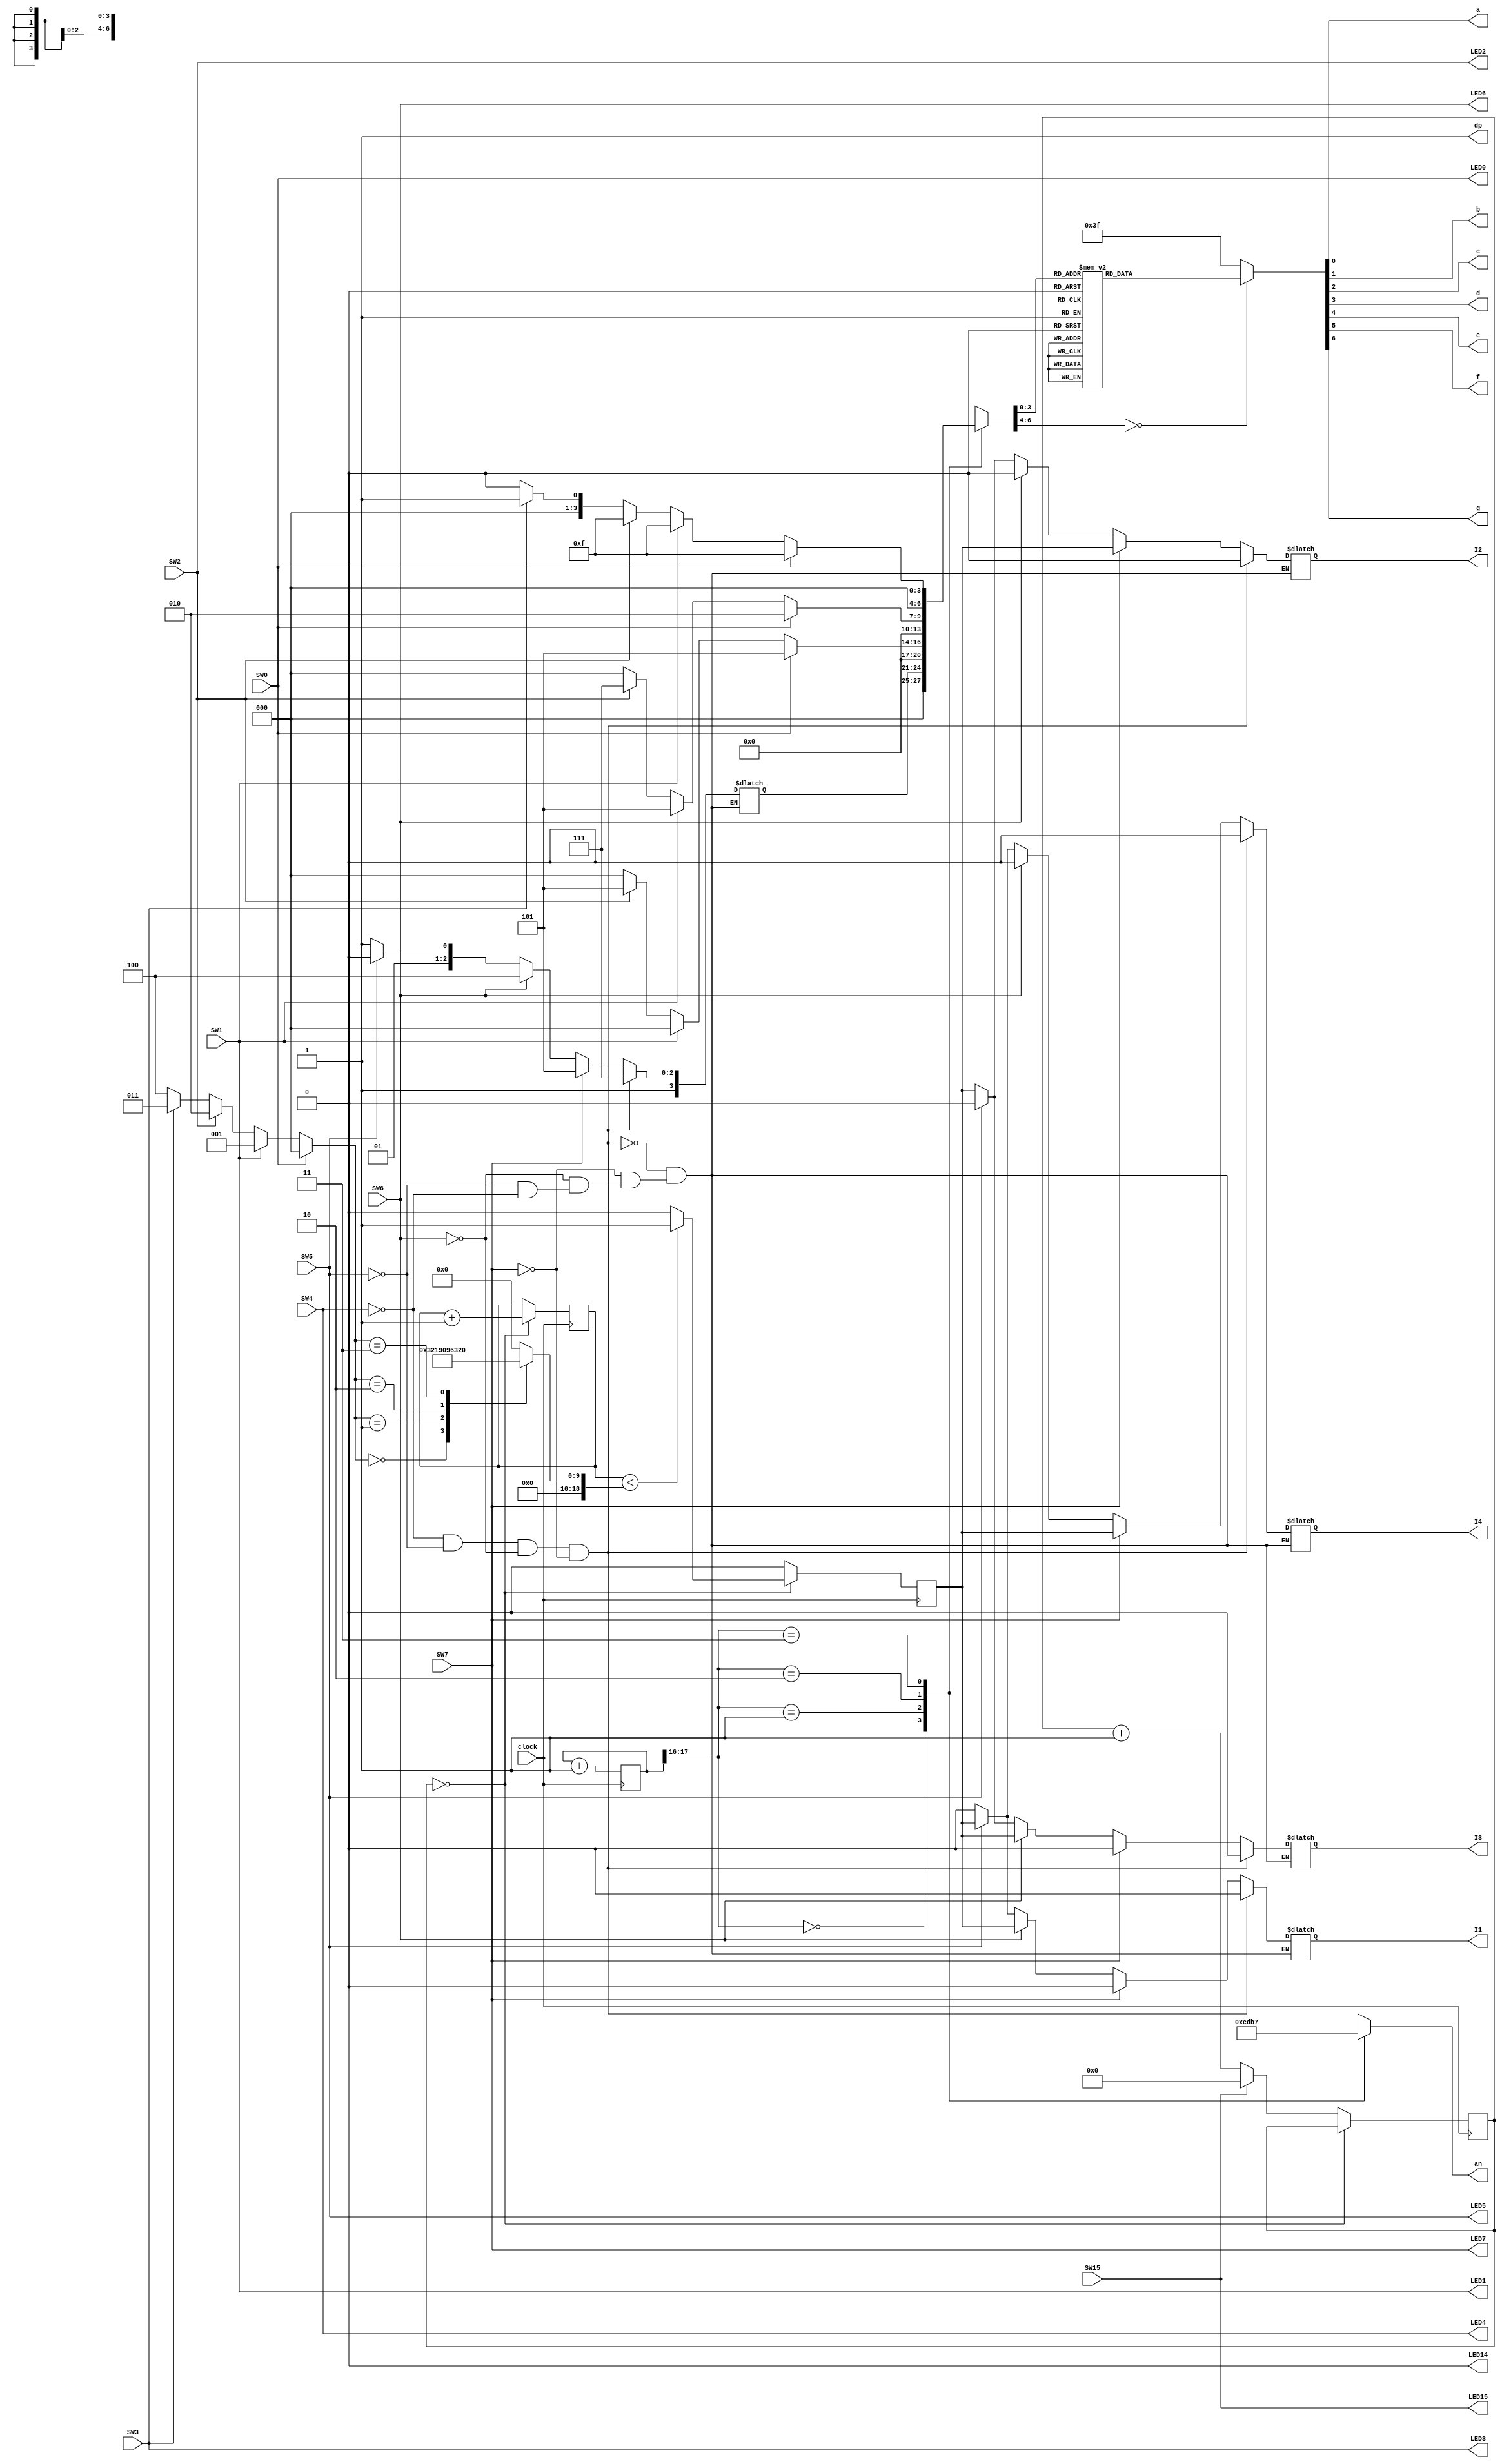
`timescale 1ns / 1ps





module Demo_Project_V1(
    input SW0,SW1,SW2,SW3,SW4,SW5,SW6,SW7,SW15,
    input clock,
    output LED0,LED1,LED2,LED3,LED4,LED5,LED6,LED7,LED14,LED15, 
    output a, b, c, d, e, f, g, dp, 
    output [3:0] an,   
    output I1,I2,I3,I4
    );
    
    assign LED0 = SW0;
    assign LED1 = SW1;
    assign LED2 = SW2;
    assign LED3 = SW3;
    assign LED4 = SW4;
    assign LED5 = SW5;
    assign LED6 = SW6;
    assign LED7 = SW7;
    assign LED15 = SW15;
    assign reset0 = SW15;
    assign resetn0 = SW15;
    localparam N = 18;
    
    reg [3:0] in0, in1, in2, in3;
    reg [18:0] counter;
    reg [24:0] count;
    reg [18:0] width;
    reg [2:0] speed;
    reg [N-1:0]countn;
    reg [1:0] reset;
    reg [1:0] resetn;
    reg [6:0]sseg;
    reg [3:0]an_temp;
    reg [6:0] sseg_temp;
    reg [30:0] stop;
    reg LEDONOFF;
    reg temp_PWM;
    reg temp_PWM1;
    reg temp_PWM2;
    reg temp_PWM3;
    reg temp_PWM4;
    
    assign LED14 = LEDONOFF;
    
    initial begin
        counter = 0;
        count = 0;
        countn = 0;
        width = 0;
        speed = 0;
        stop = 0;
        temp_PWM = 0;
        temp_PWM1 = 0;
        temp_PWM2 = 0;
        temp_PWM3 = 0;
        temp_PWM4 = 0;
        in0 = 0;
        in1 = 0;
        in2 = 0;
        in3 = 0;
        reset = 0;
        resetn = 0;
        LEDONOFF = 0;
    end  
   
    always@(*) begin    //sets speed value and updates 7-seg to display duty cycle
        if(SW0)
        begin
            speed = 0;  //25% duty cycle
            in1 = 5;
            in2 = 2;
            in3 = 15;
        end 
        else if(SW1)
        begin
            speed = 1;  //50% duty cycle
            in1 = 0;
            in2 = 5;
            in3 = 15;
        end 
        else if(SW2)
        begin
            speed = 2; //75% duty cycle
            in1 = 5;
            in2 = 7;
            in3 = 15;
        end 
        else if(SW3)
        begin
            speed = 3; //100% duty cycle
            in1 = 0;
            in2 = 0;
            in3 = 1;
        end 
        else 
        begin
            speed = 4;  //OFF
            in1 = 0;
            in2 = 0;
            in3 = 0;
        end
    end
    
    always@(*)begin                 //assigns width value to create PWM signal
    case(speed)
        2'd0 : width = 19'd200;  //25% duty cycle
        2'd1 : width = 19'd400; //50% duty cycle
        2'd2 : width = 19'd600; //75% duty cycle
        2'd3 : width = 19'd800; //100% duty cycle
        default : width = 19'd0;
    endcase
    end
    
    always@(posedge clock) begin
        if (resetn)                     //counter for 7-segment display multiplexing
            countn <= 0;
        else
            countn <= countn + 1;
    end
    
    always @(posedge clock)begin
        if(stop==0)begin
            if (count == 3000000)begin
                stop <= 1;
            end
    	    counter <= counter+1;
    
   		    if(counter < width)begin
                temp_PWM <= 1;
            end
    	    else begin
                temp_PWM <= 0;
            end
        end
        else begin
            if(stop == 1000)begin 
                stop <= 1;
            end
            
            stop <= stop + 1;
            temp_PWM <= 0;
            
            if(SW15)begin
                stop <= 0;
            end
        end
    end

    
    always@(*) begin    //Assigns direction for the two motors and updates the 7-seg to display direction
        if(SW4)begin                            //FORWARDS
            temp_PWM1 <= 0;
            temp_PWM2 <= temp_PWM;
            temp_PWM3 <= temp_PWM;
            temp_PWM4 <= 0;
            in0 <= 11;
        end
        if(SW5)begin                            //BACKWARDS
            temp_PWM1 <= temp_PWM;
            temp_PWM2 <= 0;
            temp_PWM3 <= 0;
            temp_PWM4 <= temp_PWM;
            in0 <= 10;
        end    
        if(SW6)begin                            //LEFT
            temp_PWM1 <= temp_PWM;
            temp_PWM2 <= 0;
            temp_PWM3 <= temp_PWM;
            temp_PWM4 <= 0;
            in0 <= 12;
        end   
        if(SW7)begin                            //RIGHT
            temp_PWM1 <= 0;
            temp_PWM2 <= temp_PWM;
            temp_PWM3 <= 0;
            temp_PWM4 <= temp_PWM;
            in0 <= 13;
        end  
        if(~SW4 && ~SW5 && ~SW6 && ~SW7)begin   //STOPPED if switches are not on
            temp_PWM1 <= 0;
            temp_PWM2 <= 0;
            temp_PWM3 <= 0;
            temp_PWM4 <= 0;
            in0 <= 15;
        end 
    end
    
    always @ (*)begin       //turn on anode 0-3
    case(countn[N-1:N-2]) //using only the 2 MSB's of the counter 
        2'b00 :  //When the 2 MSB's are 00 enable the fourth display
        begin
            sseg = in0;
            an_temp = 4'b1110;
        end
        2'b01:  //When the 2 MSB's are 01 enable the third display
        begin
            sseg = in1;
            an_temp = 4'b1101;
        end
        2'b10:  //When the 2 MSB's are 10 enable the second display
        begin
            sseg = in2;
            an_temp = 4'b1011;
        end
        2'b11:  //When the 2 MSB's are 11 enable the first display
        begin
            sseg = in3;
            an_temp = 4'b0111;
        end
    endcase
    end
    
    assign an = an_temp;    //turn on anode 0-3
    
    always @ (*)begin       //assign which segments are turned off/on to display a character
    case(sseg)
        4'd0 : sseg_temp = 7'b1000000; //to display 0
        4'd1 : sseg_temp = 7'b1111001; //to display 1
        4'd2 : sseg_temp = 7'b0100100; //to display 2
        4'd3 : sseg_temp = 7'b0110000; //to display 3
        4'd4 : sseg_temp = 7'b0011001; //to display 4
        4'd5 : sseg_temp = 7'b0010010; //to display 5
        4'd6 : sseg_temp = 7'b0000010; //to display 6
        4'd7 : sseg_temp = 7'b1111000; //to display 7
        4'd8 : sseg_temp = 7'b0000000; //to display 8
        4'd9 : sseg_temp = 7'b0010000; //to display 9
        4'd10 : sseg_temp = 7'b0000011;//to display b
        4'd11 : sseg_temp = 7'b0001110;//to display F
        4'd12 : sseg_temp = 7'b1000111;//to display L
        4'd13 : sseg_temp = 7'b0101111;//to display R
        default : sseg_temp = 7'b0111111; //dash
    endcase
    end
    
    assign {g, f, e, d, c, b, a} = sseg_temp;   //output the selected charater to segments a-g
    
    assign dp = 1'b1;       //The decimal point on the 7-seg display is always off
    
    assign I1 = temp_PWM1;  //Output power to the motors
    assign I2 = temp_PWM2;
    assign I3 = temp_PWM3;
    assign I4 = temp_PWM4;

endmodule